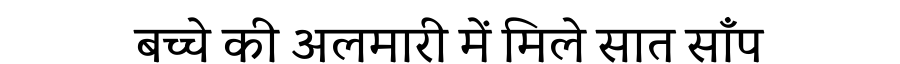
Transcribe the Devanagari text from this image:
बच्चे की अलमारी में मिले सात साँप